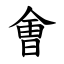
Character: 㑹